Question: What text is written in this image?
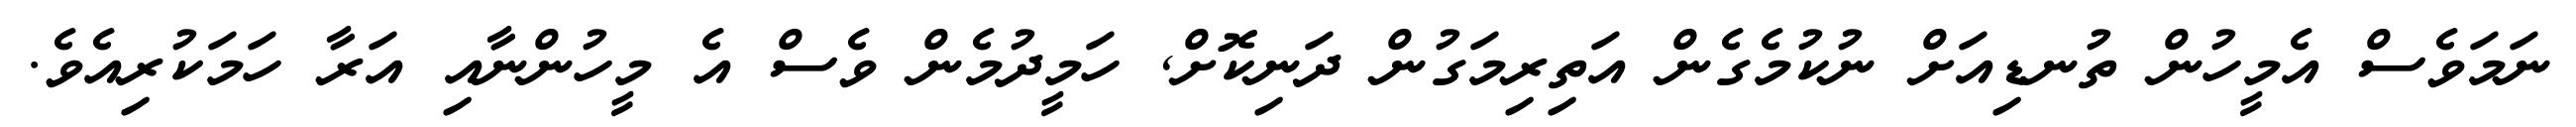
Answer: ނަމަވެސް އެމީހުން ތުނޑިއަށް ނުކުމެގެން އަތިރިމަގުން ދަނިކޮށް, ހަމީދުމެން ވެސް އެ މީހުންނާއި އަރާ ހަމަކުރިއެވެ.